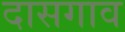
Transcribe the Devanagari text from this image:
दासगाव